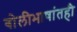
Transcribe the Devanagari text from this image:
बोलीभाषांतही